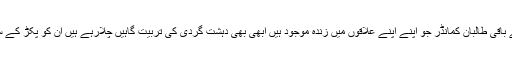
ہم تو آپ سے کہہ رہے ہیں احسان اللہ احسان اور اس جیسے باقی طالبان کمانڈر جو اپنے اپنے علاقوں میں زندہ موجود ہیں ابھی بھی دہشت گردی کی تربیت گاہیں چلارہے ہیں ان کو پکڑ کے سزائیں دیں مگر آپ ہی نے ان کو سنبھال کے رکھا ہوا ہے۔